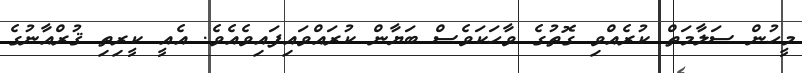
މީހުން ސަލާމަތް ކުރެއްވި ގޮތުގެ ވާހަކަވެސް ބަޔާން ކުރައްވައިފައިވެއެވެ. އެއީ ކީރިތި ޤުރްއާނުގެ